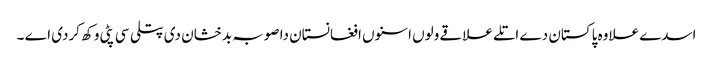
اسدے علاوہ پاکستان دے اتلے علاقے ولوں اسنوں افغانستان دا صوبہ بدخشان دی پتلی سی پٹی وکھ کردی اے ۔